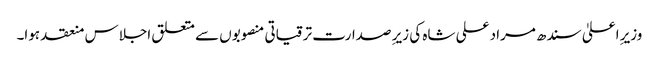
وزیرِ اعلیٰ سندھ مراد علی شاہ کی زیرِ صدارت ترقیاتی منصوبوں سے متعلق اجلاس منعقد ہوا۔